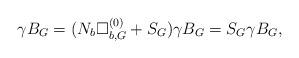
LaTeX: \begin{align*}\gamma B_G=(N_b\Box^{(0)}_{b,G}+S_G)\gamma B_G=S_G \gamma B_G, \end{align*}